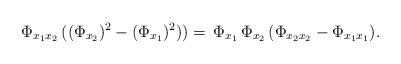
LaTeX: \begin{align*} \Phi_{x_1 x_2} \,( ( \Phi_{x_2})^2-(\Phi_{x_1})^2)) =\, \Phi_{x_1}\, \Phi_{x_2}\,(\Phi_{x_2 x_2}-\Phi_{x_1 x_1}).\end{align*}